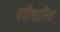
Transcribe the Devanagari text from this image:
परीचालित